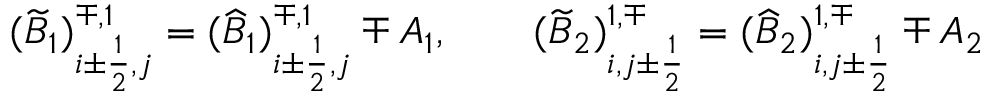
( \widetilde B _ { 1 } ) _ { i \pm \frac { 1 } { 2 } , j } ^ { \mp , 1 } = ( \widehat B _ { 1 } ) _ { i \pm \frac { 1 } { 2 } , j } ^ { \mp , 1 } \mp A _ { 1 } , \qquad ( \widetilde B _ { 2 } ) _ { i , j \pm \frac { 1 } { 2 } } ^ { 1 , \mp } = ( \widehat B _ { 2 } ) _ { i , j \pm \frac { 1 } { 2 } } ^ { 1 , \mp } \mp A _ { 2 }